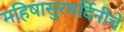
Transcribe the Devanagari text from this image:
महिषासुरमर्दिनीचे